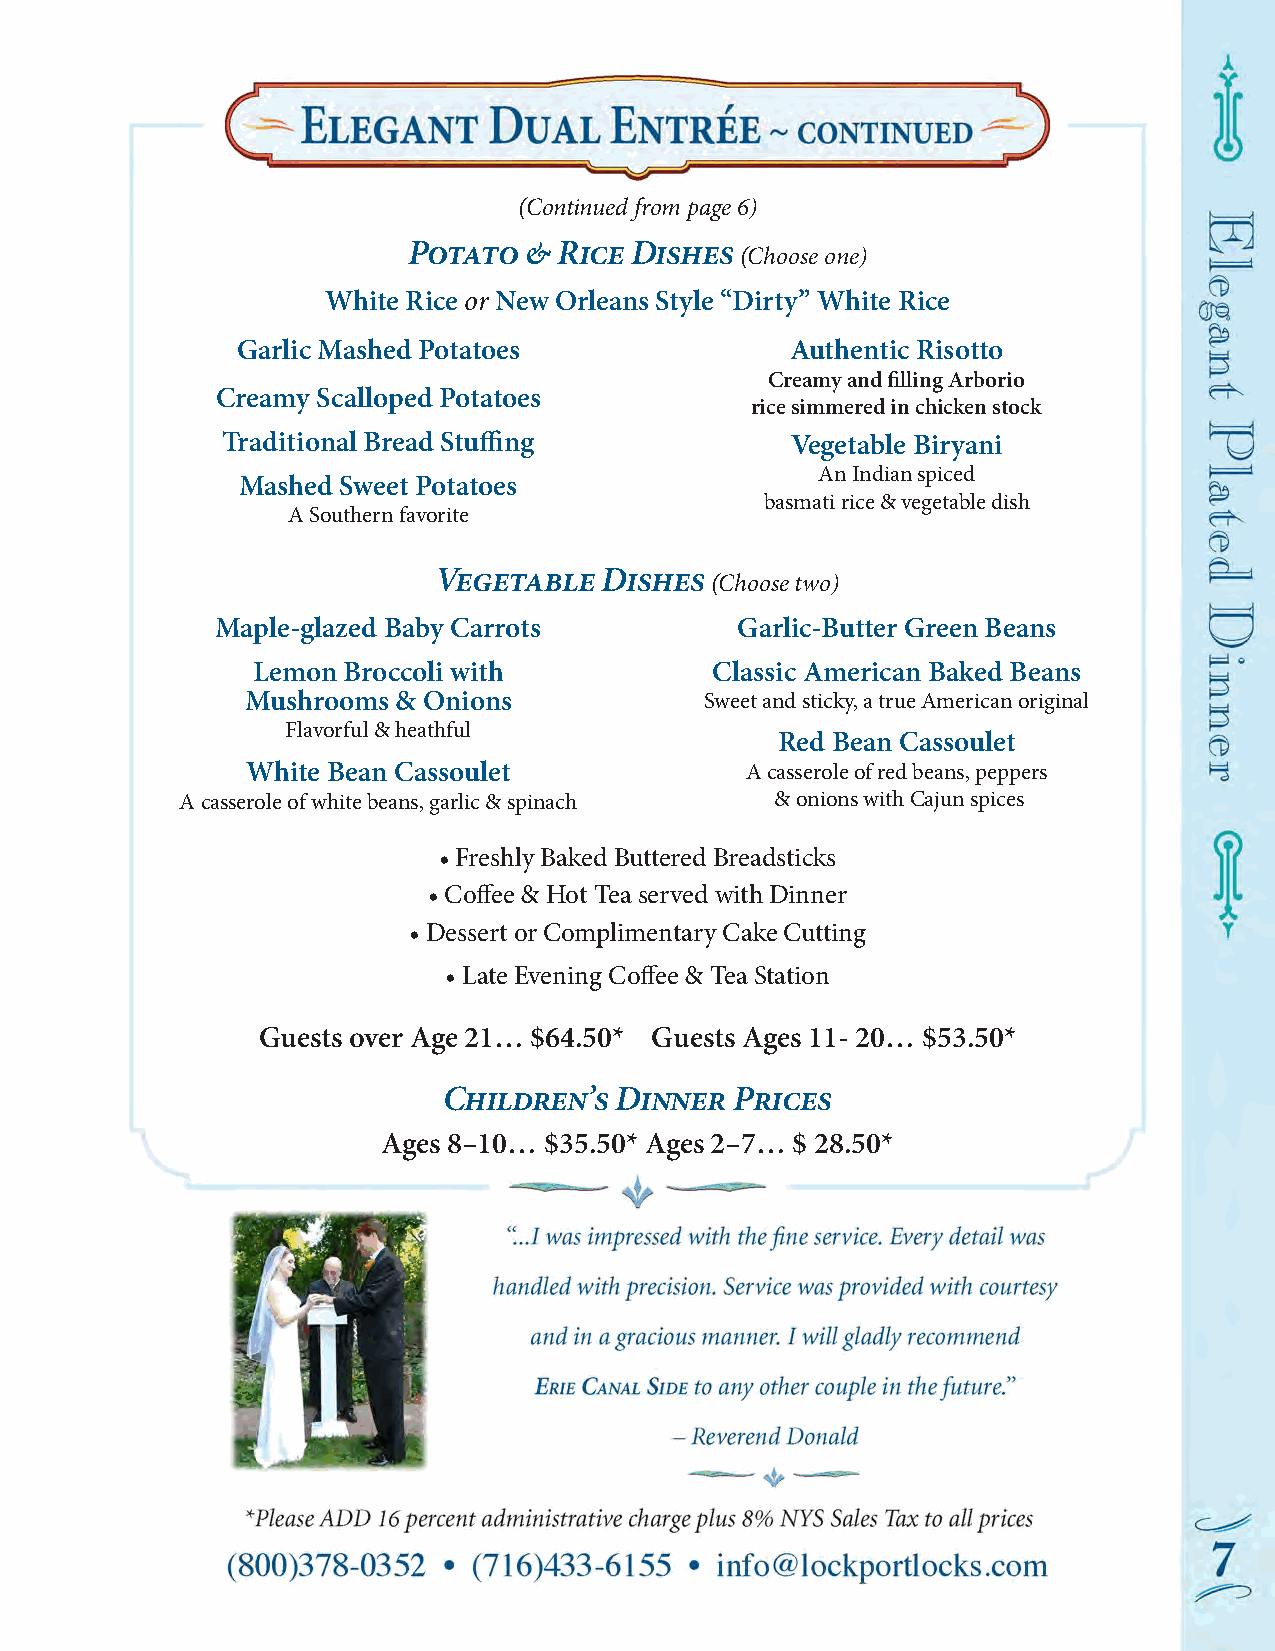
(Continued from page 6)
 Potato  & Rice Dishes
 (Choose one)
 White Rice or New Orleans Style “Dirty” White Rice
 Garlic Mashed Potatoes              Authentic Risotto
 Creamy and filling Arborio
 Creamy Scalloped Potatoes
 rice simmered in chicken stock
 Traditional Bread Stuffing           Vegetable Biryani
 An Indian spiced
 Mashed Sweet Potatoes
 basmati rice & vegetable dish
 A Southern favorite
 Vegetable  Dishes
 (Choose two)
 Maple-glazed Baby Carrots          Garlic-Butter Green Beans
 Lemon Broccoli with           Classic American Baked Beans
 Mushrooms & Onions             Sweet and sticky, a true American original
 Flavorful & heathful
 Red Bean Cassoulet
 White Bean Cassoulet             A casserole of red beans, peppers
 A casserole of white beans, garlic & spinach & onions with Cajun spices
 • Freshly Baked Buttered Breadsticks
 • Coffee & Hot Tea served with Dinner
 • Dessert or Complimentary Cake Cutting
 • Late Evening Coffee & Tea Station
 Guests over Age 21… $64.50* Guests Ages 11- 20… $53.50*
 Children’s  Dinner  Prices
 Ages 8–10… $35.50* Ages 2–7… $ 28.50*